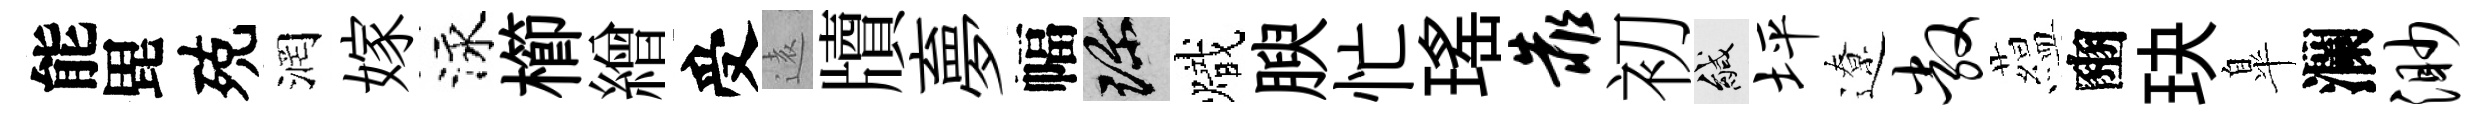
能毘殑润嫁泳櫛繒受逺牘夣幅珍熾腴忙瑤靠初緘坪遼敞藴豳玦臯瀾渺